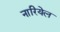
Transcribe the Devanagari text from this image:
नारियेल